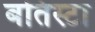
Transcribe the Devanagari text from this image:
बतिस्टा